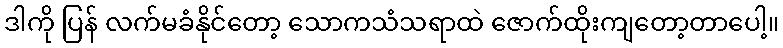
ဒါကို ပြန် လက်မခံနိုင်တော့ သောကသံသရာထဲ ဇောက်ထိုးကျတော့တာပေါ့။